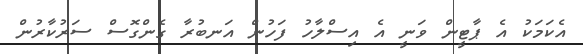
އެކަމަކު އެ ޕާޓީން ވަނީ އެ އިސްލާހު ފަހުން އަނބުރާ ގެންގޮސް ސަރުކާރުން